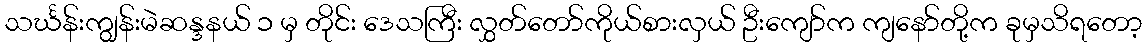
သင်္ဃန်းကျွန်းမဲဆန္ဒနယ် ၁ မှ တိုင်း ဒေသကြီး လွှတ်တော်ကိုယ်စားလှယ် ဦးကျော်က ကျနော်တို့က ခုမှသိရတော့